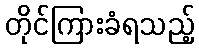
တိုင်ကြားခံရသည့်